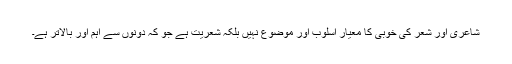
شاعری اور شعر کی خوبی کا معیار اسلوب اور موضوع نہیں بلکہ شعریت ہے جو کہ دونوں سے اہم اور بالاتر ہے۔